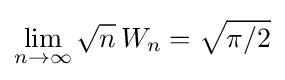
\lim _{n\rightarrow \infty }{\sqrt {n}}\,W_{n}={\sqrt {\pi /2}}